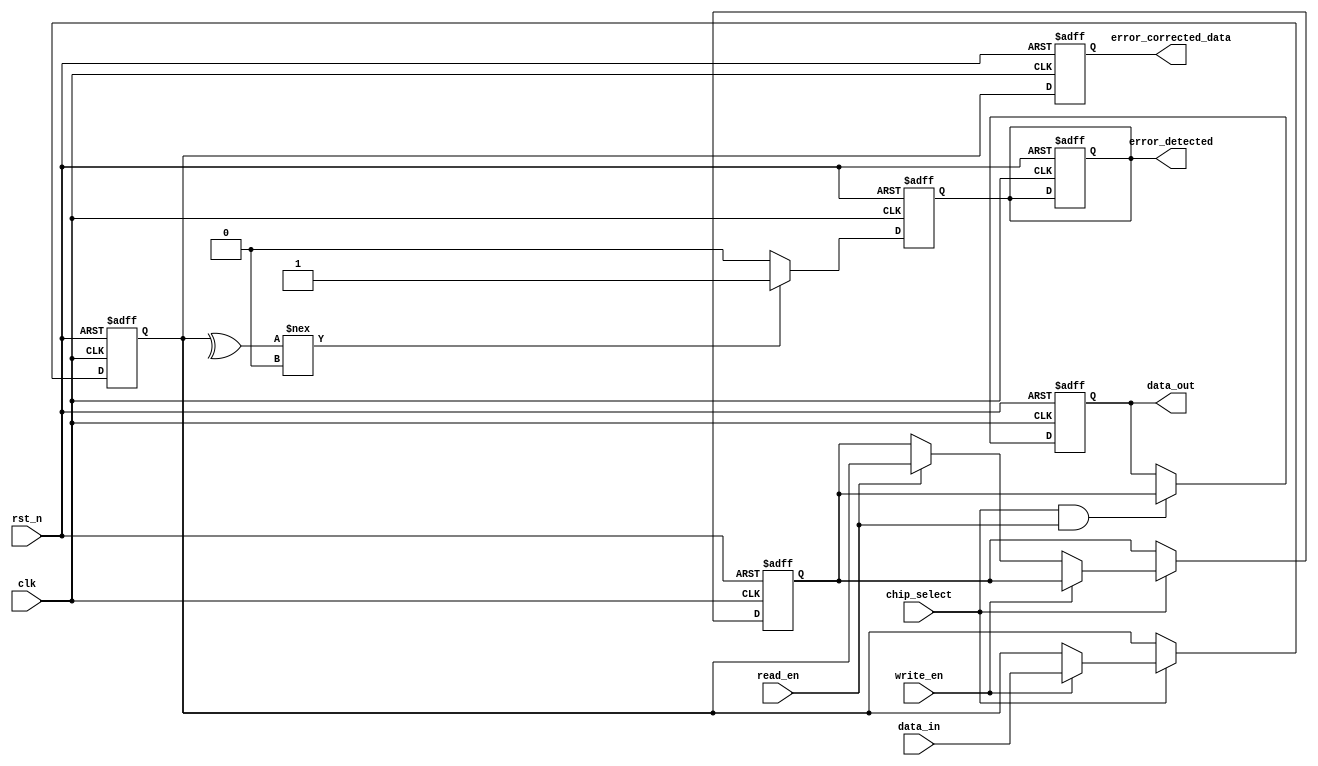
module FeRAM_IO_Block (
    input wire clk,
    input wire rst_n,
    input wire [7:0] data_in,
    output reg [7:0] data_out,
    input wire read_en,
    input wire write_en,
    input wire chip_select,
    output reg error_detected,
    output reg [7:0] error_corrected_data
);

// Internal signals
reg [7:0] data_latch;
reg [7:0] read_data;
wire [7:0] level_shifted_data_in;
wire [7:0] level_shifted_data_out;

// Input Buffer with Schmitt Trigger and Level Shifting
assign level_shifted_data_in = data_in; // Placeholder for level shifting logic

// Output Buffer
always @(posedge clk or negedge rst_n) begin
    if (!rst_n) begin
        data_out <= 8'b0;
    end else if (chip_select && read_en) begin
        data_out <= read_data; // Drive data to external bus
    end
end

// Control Signal Interface
always @(posedge clk or negedge rst_n) begin
    if (!rst_n) begin
        data_latch <= 8'b0;
        read_data <= 8'b0;
        error_detected <= 1'b0;
    end else if (chip_select) begin
        if (write_en) begin
            data_latch <= level_shifted_data_in; // Capture data for write
            // Write Driver Logic (Placeholder)
            // Drive data to memory cells
        end else if (read_en) begin
            // Read Sensing Circuit Logic (Placeholder)
            read_data <= data_latch; // Simulate reading from memory
        end
    end
end

// Error Detection and Correction (EDAC)
always @(posedge clk or negedge rst_n) begin
    if (!rst_n) begin
        error_detected <= 1'b0;
        error_corrected_data <= 8'b0;
    end else begin
        // Simple parity check for error detection (example)
        if (^data_latch !== 1'b0) begin
            error_detected <= 1'b1; // Error detected
            // Error correction logic (Placeholder)
            error_corrected_data <= data_latch; // Simulate correction
        end else begin
            error_detected <= 1'b0;
            error_corrected_data <= data_latch;
        end
    end
end

endmodule